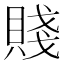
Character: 賤